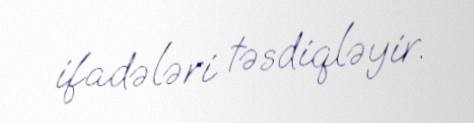
ifadələri təsdiqləyir.